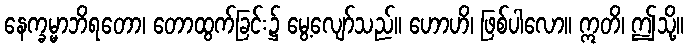
နေက္ခမ္မာဘိရတော၊ တောထွက်ခြင်း၌ မွေ့လျော်သည်။ ဟောဟိ၊ ဖြစ်ပါလော။ ဣတိ၊ ဤသို့။